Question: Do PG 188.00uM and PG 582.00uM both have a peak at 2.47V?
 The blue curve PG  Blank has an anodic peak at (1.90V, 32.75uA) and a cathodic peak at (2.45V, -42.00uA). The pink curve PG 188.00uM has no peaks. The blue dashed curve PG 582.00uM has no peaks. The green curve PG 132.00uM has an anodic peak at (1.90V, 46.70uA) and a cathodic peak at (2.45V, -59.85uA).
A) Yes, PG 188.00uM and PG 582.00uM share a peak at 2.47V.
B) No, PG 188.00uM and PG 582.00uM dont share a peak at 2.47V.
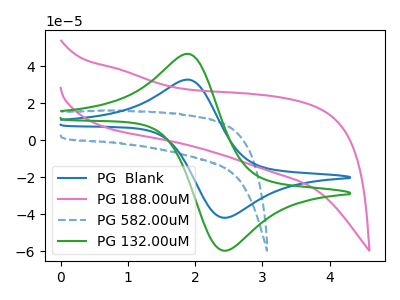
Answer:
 <answer>B) No, "PG 188.00uM" and "PG 582.00uM" dont share a peak at 2.47V.</answer>
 <eval>B</eval>